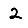
Digit: 2